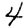
Digit: 4